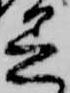
着